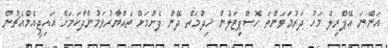
އަންނަ އޭޕްރިލް މަހު ދަރުމަވަންތަ ހޮސްޕިޓަލުން ޚިދުމަތް ދޭން ފެށުމަށް ތައްޔާރުވަމުންދާކަމަށް އައިޖީއެމްއެޗުން